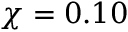
\chi = 0 . 1 0